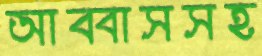
আব্বাসসহ